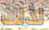
لذلك